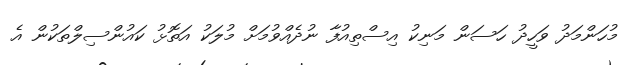
މުހަންމަދު ވަހީދު ހަސަން މަނިކު އިސްތިއުފާ ނުދެއްވުމަށް މުލަކު އަތޮޅު ކައުންސިލްތަކުން އެ